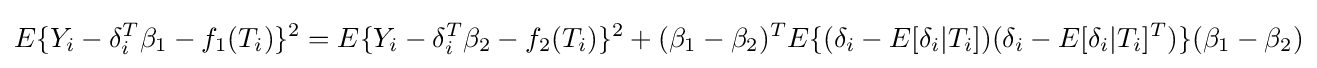
E\{Y_{i}-\delta _{i}^{T}\beta _{1}-f_{1}(T_{i})\}^{2}=E\{Y_{i}-\delta _{i}^{T}\beta _{2}-f_{2}(T_{i})\}^{2}+(\beta _{1}-\beta _{2})^{T}E\{(\delta _{i}-E[\delta _{i}|T_{i}])(\delta _{i}-E[\delta _{i}|T_{i}]^{T})\}(\beta _{1}-\beta _{2})